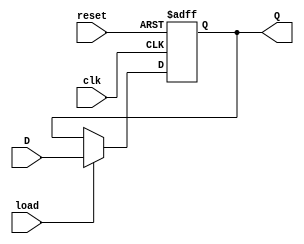
`timescale 1ns / 1ps



module register(clk , load , reset ,D , Q);

    input clk , load , reset ;
    input [7:0] D ;
    output reg [7:0] Q ;
    
    always @ ( negedge clk or negedge reset) begin 
    
        
        if (!reset) 
            Q <= 'b0 ;
        else if (load)
            Q <= D ;
        else 
            Q <= Q ;
    
    
    end
endmodule